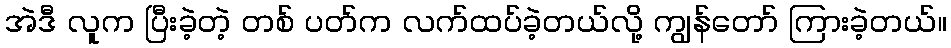
အဲဒီ လူက ပြီးခဲ့တဲ့ တစ် ပတ်က လက်ထပ်ခဲ့တယ်လို့ ကျွန်တော် ကြားခဲ့တယ်။